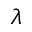
\lambda